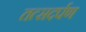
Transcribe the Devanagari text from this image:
तत्सदर्पण